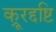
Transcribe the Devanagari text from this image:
क्रूरद्दष्टि